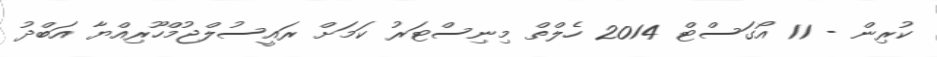
ކުރިން - 11 އޯގަސްޓް 2014 ހެލްތް މިނިސްޓަރު ކަމަށް ރައީސުލްޖުމްހޫރިއްޔާ އަބްދު